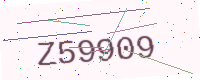
Text: Z59909